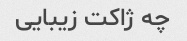
چه ژاکت زیبایی